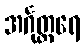
အင်္ဂုတ္တရေ